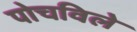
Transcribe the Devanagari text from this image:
पोचविले